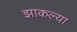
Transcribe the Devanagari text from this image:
झाकल्या